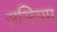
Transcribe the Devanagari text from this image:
ससिसम